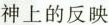
神上的反映